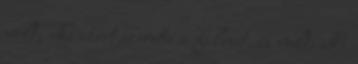
volt, aki ezért szerette a filmet, és volt, aki